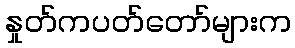
နှုတ်ကပတ်တော်များက